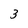
Character: 3